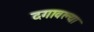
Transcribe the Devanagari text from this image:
दगावल्या